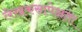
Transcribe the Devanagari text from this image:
लेखकसापेक्षता